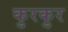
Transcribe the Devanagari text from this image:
कुरकुर